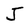
Character: J